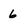
Character: 6